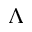
\Lambda